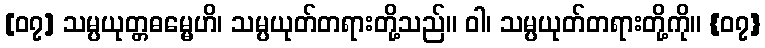
[၀၇] သမ္ပယုတ္တဓမ္မေဟိ၊ သမ္ပယုတ်တရားတို့သည်။ ဝါ၊ သမ္ပယုတ်တရားတို့ကို။ {၀၇}